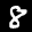
Label: 8